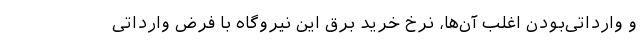
و وارداتی‌بودن اغلب آن‌ها، نرخ خرید برق این نیروگاه با فرض وارداتی